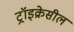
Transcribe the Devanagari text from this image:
ट्रॉइक्रेसील